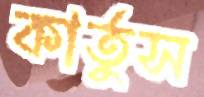
কার্তুস